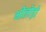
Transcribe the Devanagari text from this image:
भीलोड़ो